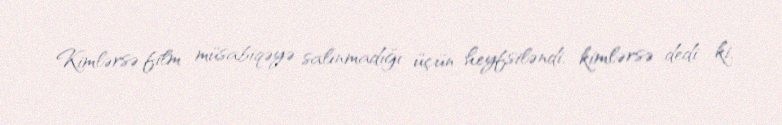
Kimlərsə film müsabiqəyə salınmadığı üçün heyfsiləndi, kimlərsə dedi ki,